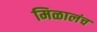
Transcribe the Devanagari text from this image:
मिळालंच